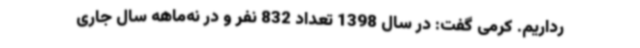
رداریم. کرمی گفت: در سال 1398 تعداد 832 نفر و در نه‌ماهه سال جاری